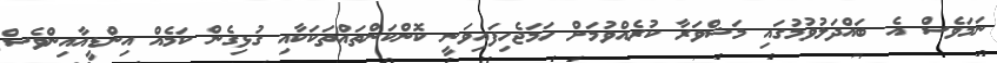
ނަމަވެސް އެ ބައްދަލުވުމުގައި މަޝްވަރާ ކުރެއްވުމަށް ހަމަޖެހިފައިވަނީ ކޮންކަންތައްތަކަކާއި ގުޅިގެން ކަމެއް އިންޑީއާއިންވެސް